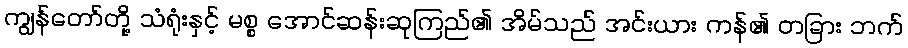
ကျွန်တော်တို့ သံရုံးနှင့် မစ္စ အောင်ဆန်းဆုကြည်၏ အိမ်သည် အင်းယား ကန်၏ တခြား ဘက်